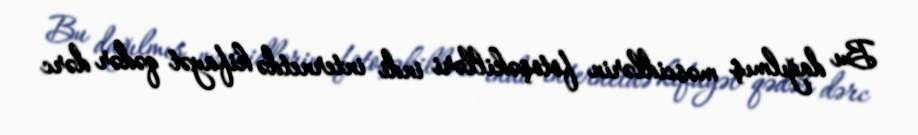
Bu dağılmış məscidlərin fotoşəkilləri indi internetdə kifayət qədər dərc